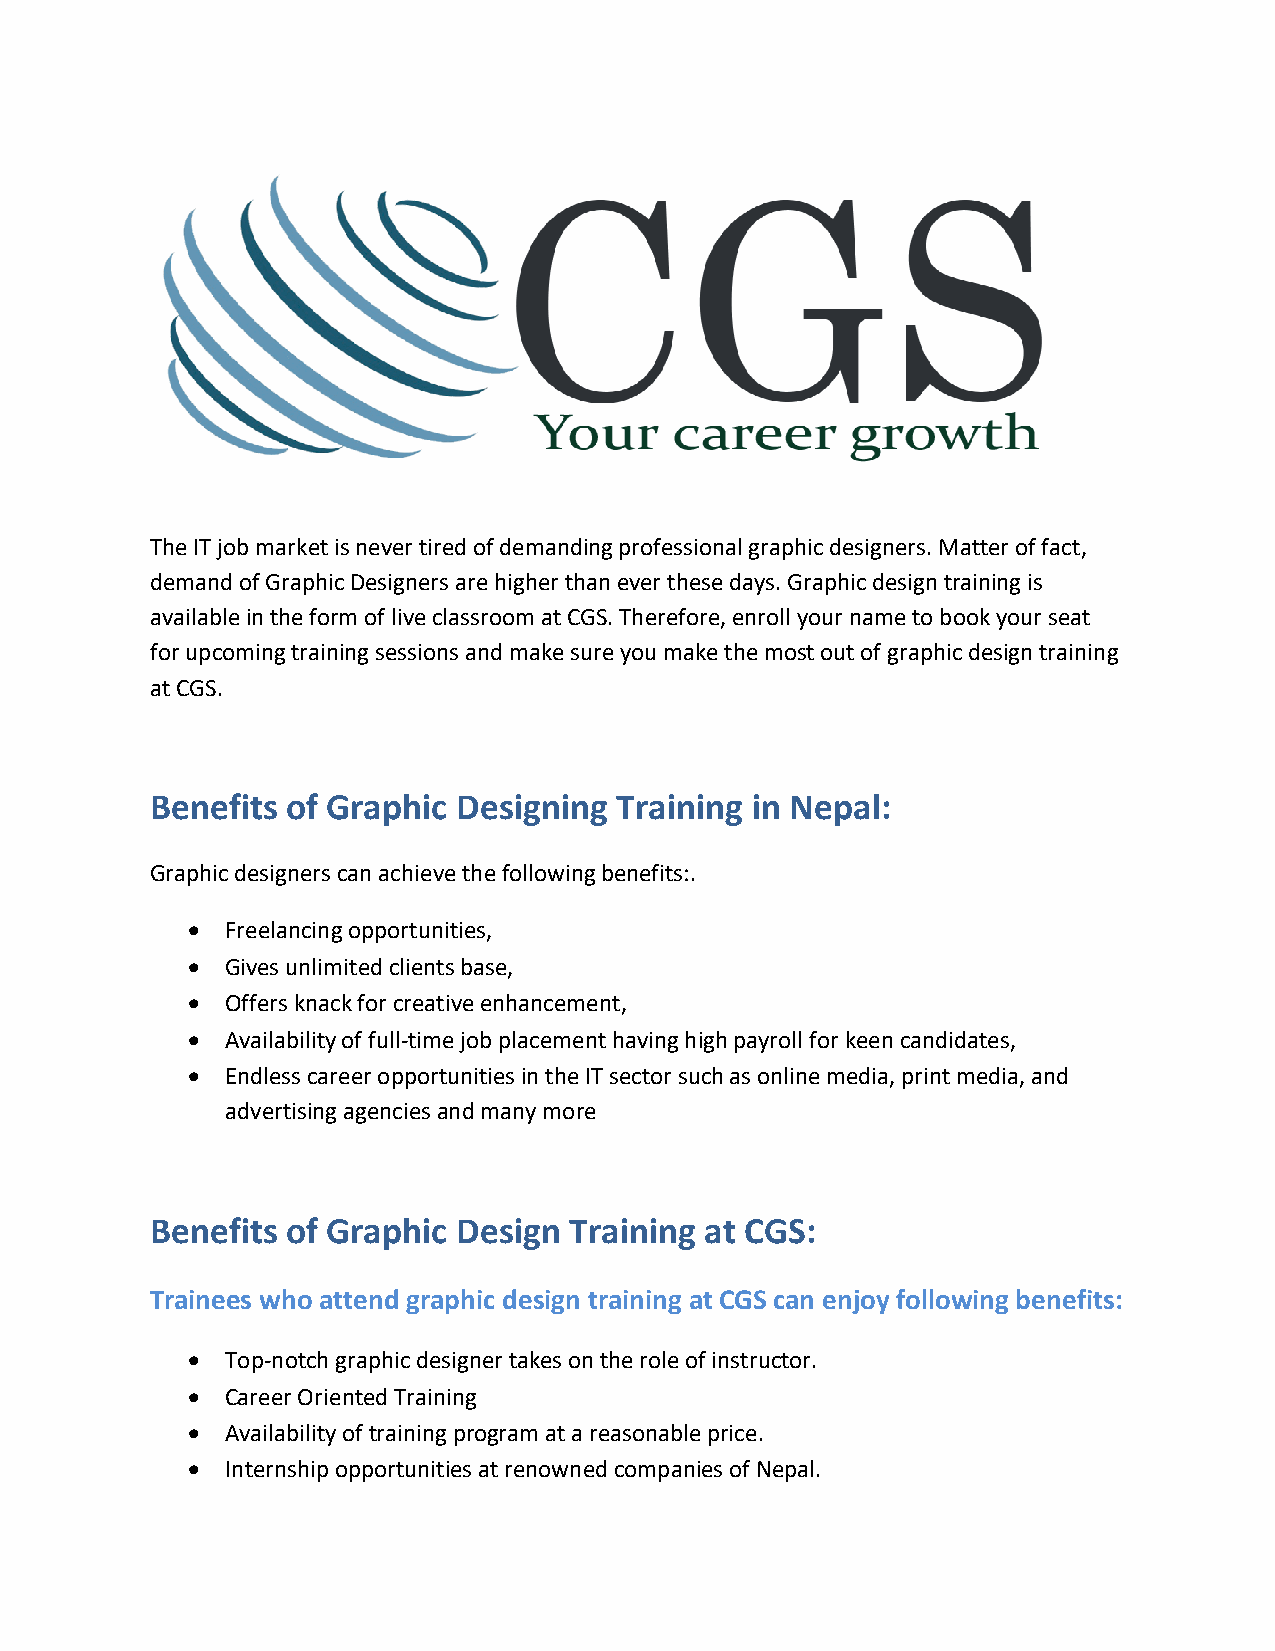
The IT job market is never tired of demanding professional graphic designers. Matter of fact,
 demand of Graphic Designers are higher than ever these days. Graphic design training is
 available in the form of live classroom at CGS. Therefore, enroll your name to book your seat
 for upcoming training sessions and make sure you make the most out of graphic design training
 at CGS.
 Benefits of Graphic Designing  Training in Nepal:
 Graphic designers can achieve the following benefits:.
 •  Freelancing opportunities,
 •  Gives unlimited clients base,
 •  Offers knack for creative enhancement,
 •  Availability of full-time job placement having high payroll for keen candidates,
 •  Endless career opportunities in the IT sector such as online media, print media, and
 advertising agencies and many more
 Benefits of Graphic Design  Training at CGS:
 Trainees who attend graphic design training at CGS can enjoy following benefits:
 •  Top-notch graphic designer takes on the role of instructor.
 •  Career Oriented Training
 •  Availability of training program at a reasonable price.
 •  Internship opportunities at renowned companies of Nepal.